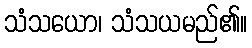
သံသယော၊ သံသယမည်၏။